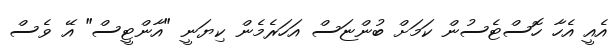
އެއީ އެހާ ހޮސްޓެސުން ކަމަށް ބުންޏަސް އަހަރެމެން ކިޔަނީ "އާންޓީސް" އޭ ވެސް